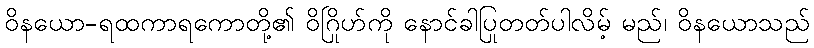
ဝိနယော-ရထကာရကောတို့၏ ဝိဂြိုဟ်ကို နောင်ခါပြုတတ်ပါလိမ့် မည်၊ ဝိနယောသည်